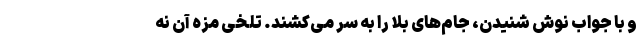
و با جواب نوش شنیدن، جام‌های بلا را به سر می‌کشند. تلخی مزه آن نه